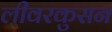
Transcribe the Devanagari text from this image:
लीवरकुसन